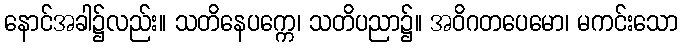
နောင်အခါ၌လည်း။ သတိနေပက္ကေ၊ သတိပညာ၌။ အဝိဂတပေမော၊ မကင်းသော